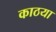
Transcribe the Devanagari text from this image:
काठया